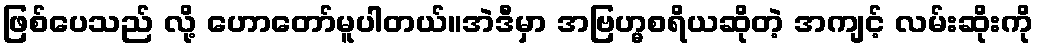
ဖြစ်ပေသည် လို့ ဟောတော်မူပါတယ်။အဲဒီမှာ အဗြဟ္မစရိယဆိုတဲ့ အကျင့် လမ်းဆိုးကို